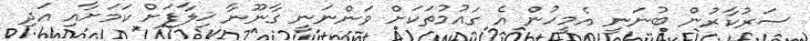
ސަރުކާރުން ބުނަނީ އެމީހުން އެ ގައުމުތަަކަށް ވަންނަނީ ގާނޫނާ ޚިލާފަށް ކަމަށާއި އަދި